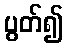
ပွတ်၍